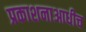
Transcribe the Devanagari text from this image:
प्रकाशनाआधीच